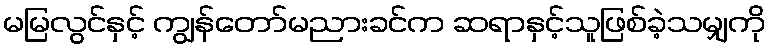
မမြလွင်နှင့် ကျွန်တော်မညားခင်က ဆရာနှင့်သူဖြစ်ခဲ့သမျှကို